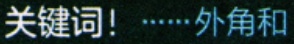
关键词！……外角和